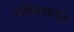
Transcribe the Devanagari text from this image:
मांत्रिकाकडून